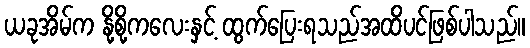
ယခုအိမ်က နို့စို့ကလေးနှင့် ထွက်ပြေးရသည်အထိပင်ဖြစ်ပါသည်။